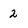
Character: 2